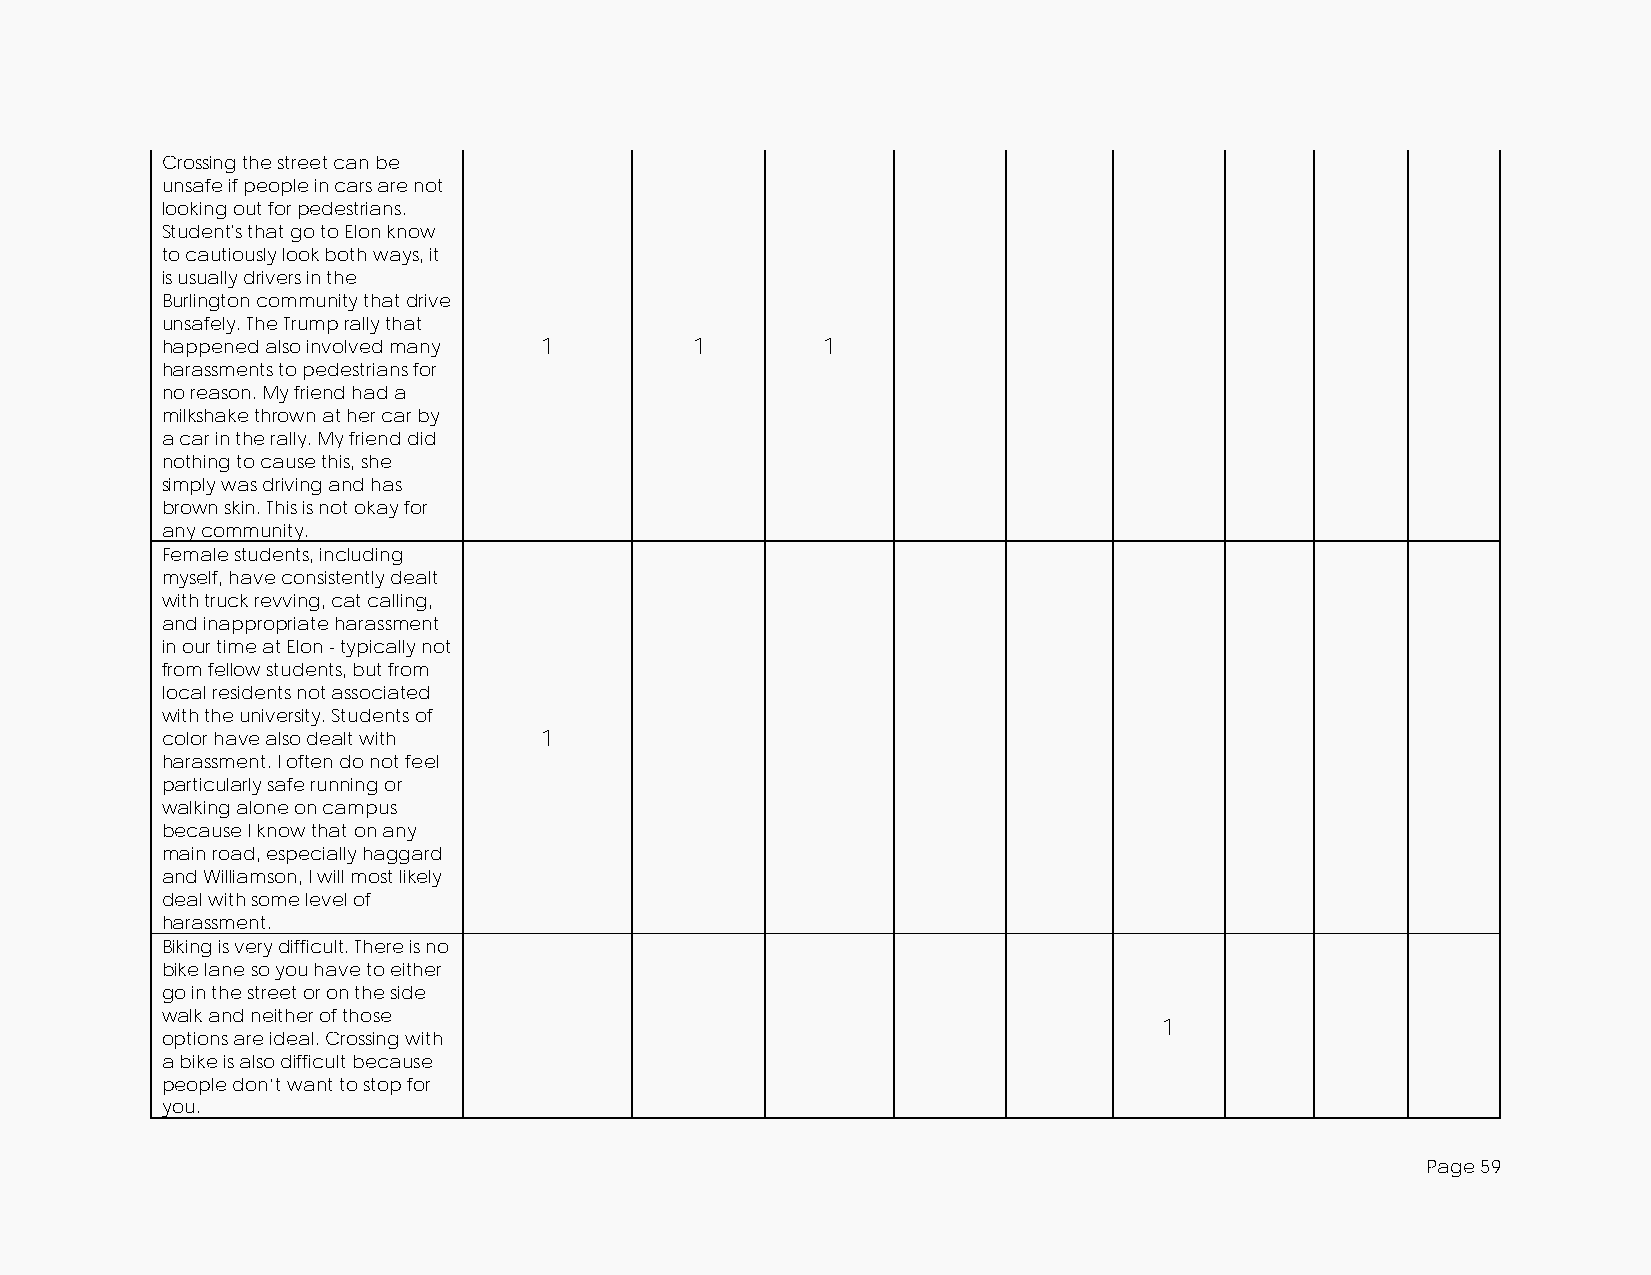
Crossing the street can be
 unsafe if people in cars are not
 looking out for pedestrians.
 Student's that go to Elon know
 to cautiously look both ways, it
 is usually drivers in the
 Burlington community that drive
 unsafely. The Trump rally that
 happened also involved many 1      1       1
 harassments to pedestrians for
 no reason. My friend had a
 milkshake thrown at her car by
 a car in the rally. My friend did
 nothing to cause this, she
 simply was driving and has
 brown skin. This is not okay for
 any community.
 Female students, including
 myself, have consistently dealt
 with truck revving, cat calling,
 and inappropriate harassment
 in our time at Elon - typically not
 from fellow students, but from
 local residents not associated
 with the university. Students of
 color have also dealt with 1
 harassment. I often do not feel
 particularly safe running or
 walking alone on campus
 because I know that on any
 main road, especially haggard
 and Williamson, I will most likely
 deal with some level of
 harassment.
 Biking is very difficult. There is no
 bike lane so you have to either
 go in the street or on the side
 walk and neither of those
 1
 options are ideal. Crossing with
 a bike is also difficult because
 people don’t want to stop for
 you.
 Page 59